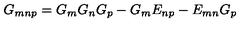
G _ { m n p } = G _ { m } G _ { n } G _ { p } - G _ { m } E _ { n p } - E _ { m n } G _ { p }